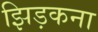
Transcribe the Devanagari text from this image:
झिड़कना